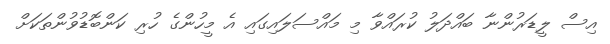
އިސް ލީޑަރުންނާ ބައްދަލު ކުރައްވާ މި މައްސަލައިގައި އެ މީހުންގެ ހުރި ކަންބޮޑުވުންތަަކަށް